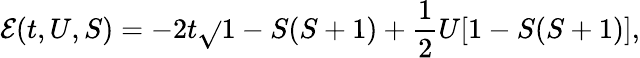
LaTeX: \mathcal{E}(t,U,S)=-2t\sqrt{}{{1-S(S+1)}}+\frac{{1}}{{2}}U[1-S(S+1)],